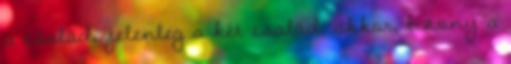
a család, jelenleg a két család, akkor, bizony a